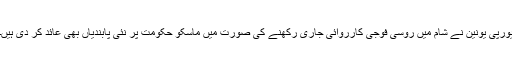
یورپی یونین نے شام میں روسی فوجی کارروائی جاری رکھنے کی صورت میں ماسکو حکومت پر نئی پابندیاں بھی عائد کر دی ہیں۔